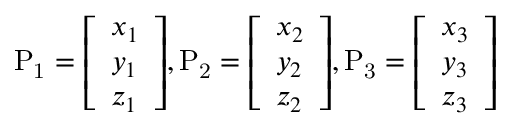
\mathrm { P _ { 1 } } = { \left[ \begin{array} { l } { x _ { 1 } } \\ { y _ { 1 } } \\ { z _ { 1 } } \end{array} \right] } , \mathrm { P _ { 2 } } = { \left[ \begin{array} { l } { x _ { 2 } } \\ { y _ { 2 } } \\ { z _ { 2 } } \end{array} \right] } , \mathrm { P _ { 3 } } = { \left[ \begin{array} { l } { x _ { 3 } } \\ { y _ { 3 } } \\ { z _ { 3 } } \end{array} \right] }